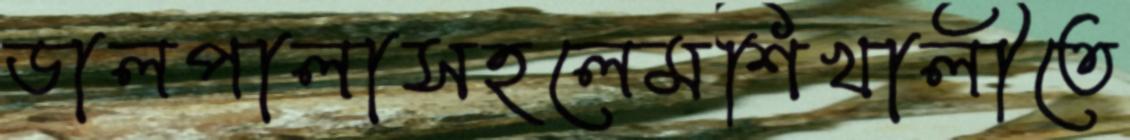
ডালপালাসহলেমশিখালীতে